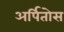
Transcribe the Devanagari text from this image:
अर्पितोस